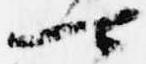
可